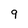
Character: 9